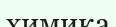
химика